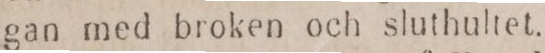
gan med broken och sluthultet.